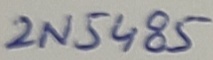
Text: 2N5485